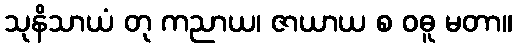
သုနိသာယံ တု ကညာယ၊ ဇာယာယ စ ဝဓူ မတာ။